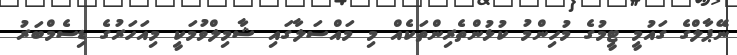
ނޭޕާލްގެ ގައުމީ ޓީމުގެ މުހިންމު ކުޅުންތެރިންތަކެއް މި މައްސަލާގައި ޝާމިލްވުމަކީ މިއަހަރުގެ ޑިސެމްބަރު